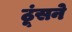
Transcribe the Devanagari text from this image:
ठूंसने